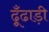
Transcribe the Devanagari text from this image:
ढूँढाड़ी